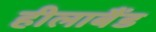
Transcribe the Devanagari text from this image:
हीलाबैंड